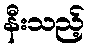
နီးသည့်